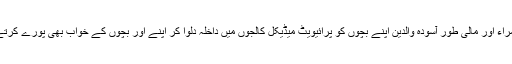
البتہ امراء اور مالی طور آسودہ والدین اپنے بچوں کو پرائیویٹ میڈیکل کالجوں میں داخلہ دلوا کر اپنے اور بچوں کے خواب بھی پورے کرتے ہیں۔